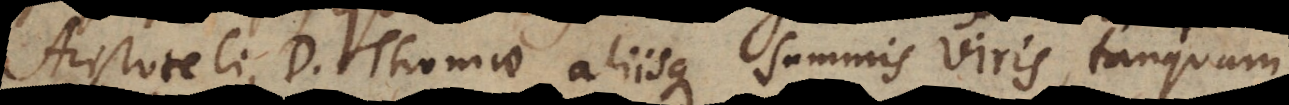
Aristoteli, D. Thomae aliisque summis viris, tanquam